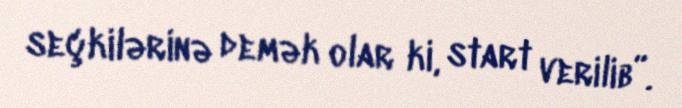
seçkilərinə demək olar ki, start verilib”.